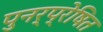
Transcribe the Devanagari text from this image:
पुनर्प्रेषित